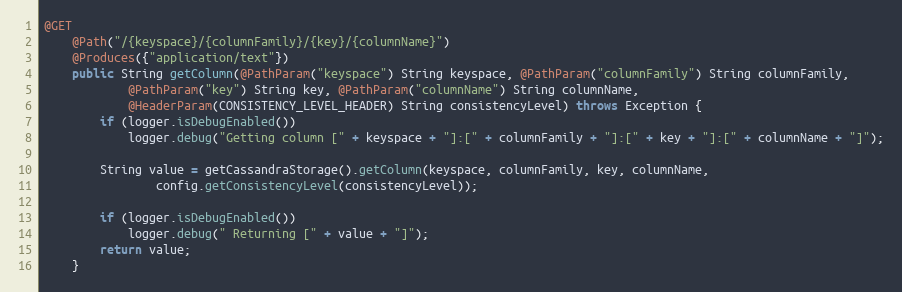
Language: Java
@GET
	@Path("/{keyspace}/{columnFamily}/{key}/{columnName}")
	@Produces({"application/text"})
	public String getColumn(@PathParam("keyspace") String keyspace, @PathParam("columnFamily") String columnFamily,
			@PathParam("key") String key, @PathParam("columnName") String columnName,
			@HeaderParam(CONSISTENCY_LEVEL_HEADER) String consistencyLevel) throws Exception {
		if (logger.isDebugEnabled())
			logger.debug("Getting column [" + keyspace + "]:[" + columnFamily + "]:[" + key + "]:[" + columnName + "]");

		String value = getCassandraStorage().getColumn(keyspace, columnFamily, key, columnName,
				config.getConsistencyLevel(consistencyLevel));

		if (logger.isDebugEnabled())
            logger.debug(" Returning [" + value + "]");
        return value;
	}